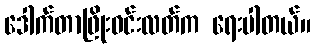
ဒေါက်တာဖြိုးဝင်းလတ်က ရေးပါတယ်။